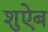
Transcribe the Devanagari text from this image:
शुऐब